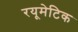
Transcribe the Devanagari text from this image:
रयूमेटिक